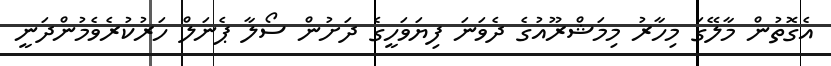
އެގޮތުން މާލޭގަ މިހާރު މިމަޝްރޫއުގެ ދެވަނަ ފިޔަވަހީގެ ދަށުން ސޯލާ ޕެނަލް ހަރުކުރެވެމުންދަނީ